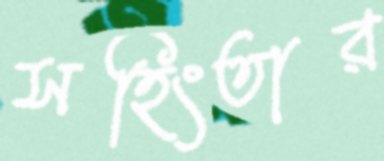
সহিংতার